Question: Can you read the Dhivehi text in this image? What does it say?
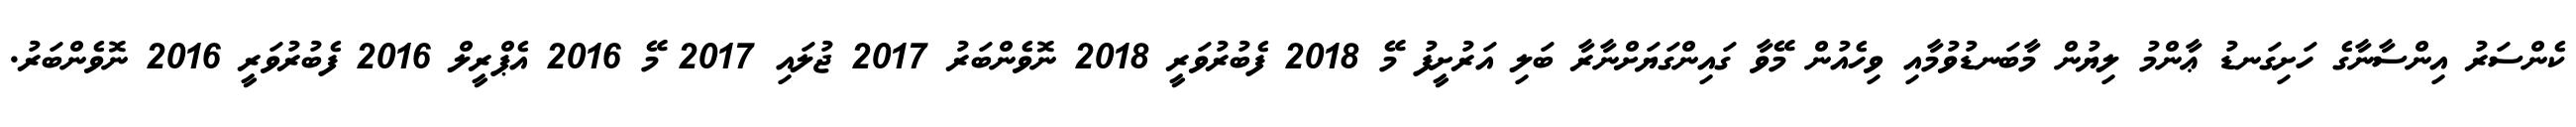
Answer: ކެންސަރު އިންސާނާގެ ހަށިގަނޑު ޢާންމު ލިޔުން މާބަނޑުވުމާއި ވިހެއުން މޭވާ ގައިންގަޔަށްނާރާ ބަލި އަރުށީފު މޭ 2018 ފެބުރުވަރީ 2018 ނޮވެންބަރު 2017 ޖުލައި 2017 މޭ 2016 އެޕްރީލް 2016 ފެބުރުވަރީ 2016 ނޮވެންބަރު.